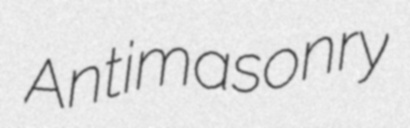
Antimasonry